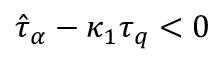
\hat { \tau } _ { \alpha } - \kappa _ { 1 } \tau _ { q } < 0